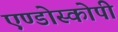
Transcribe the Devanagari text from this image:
एण्डोस्कोपी